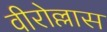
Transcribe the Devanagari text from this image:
वीरोल्लास